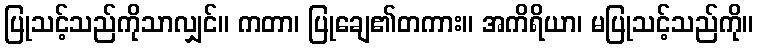
ပြုသင့်သည်ကိုသာလျှင်။ ကတာ၊ ပြုချေ၏တကား။ အကိရိယာ၊ မပြုသင့်သည်ကို။